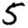
Digit: 5